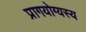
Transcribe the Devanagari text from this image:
प्रागयोग्यस्य